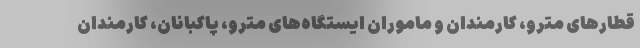
قطارهای مترو، کارمندان و ماموران ایستگاه‌های مترو، پاکبانان، کارمندان